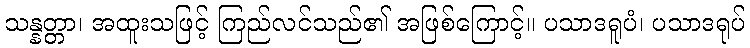
သန္နတ္တာ၊ အထူးသဖြင့် ကြည်လင်သည်၏ အဖြစ်ကြောင့်။ ပသာဒရူပံ၊ ပသာဒရုပ်